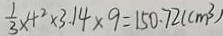
\frac { 1 } { 3 } \times 4 ^ { 2 } \times 3 . 1 4 \times 9 = 1 5 0 . 7 2 ( c m ^ { 3 } )